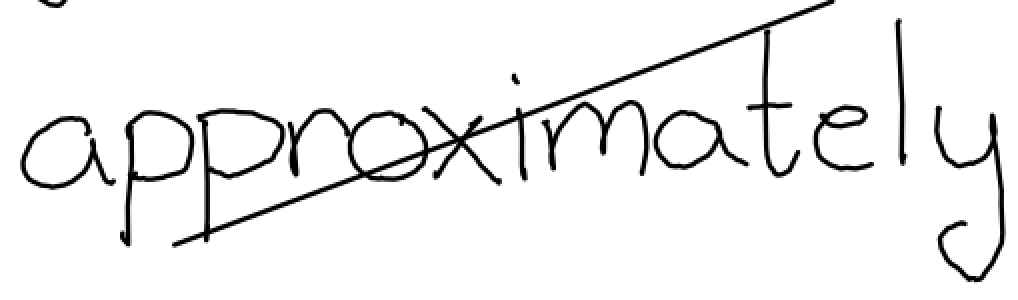
Text: approximately
Cross-out: diagonal
Writing tool: digital_black